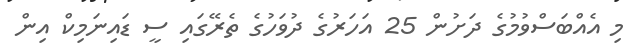
މި އެއްބަސްވުމުގެ ދަށުން 25 އަހަރުގެ ދުވަހުގެ ތެރޭގައި ސީ ޑައިނަމިކް އިން